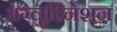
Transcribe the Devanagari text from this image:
अग्लुटिनेशन